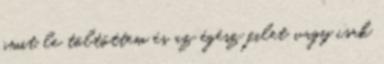
amit le töltöttem és az égész filet vagy csak